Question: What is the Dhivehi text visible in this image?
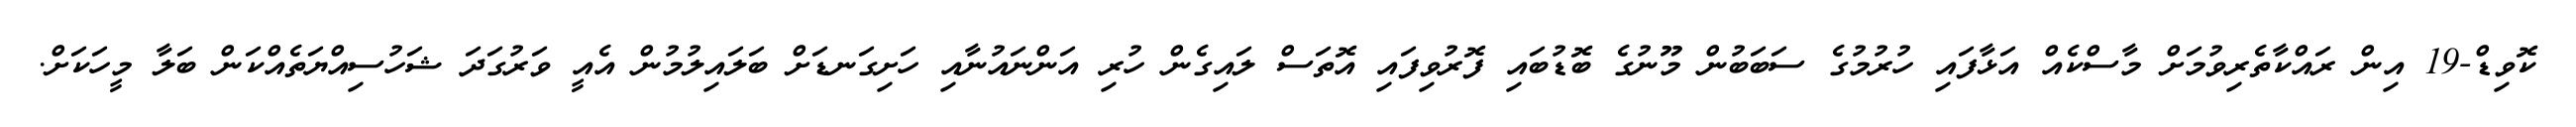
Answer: ކޮވިޑް-19 އިން ރައްކާތެރިވުމަށް މާސްކެއް އަޅާފައި ހުރުމުގެ ސަބަބުން މޫނުގެ ބޮޑުބައި ފޮރުވިފައި އޮތަސް ލައިގެން ހުރި އަންނައުނާއި ހަށިގަނޑަށް ބަލައިލުމުން އެއީ ވަރުގަދަ ޝަހުސިއްޔަތެއްކަން ބަލާ މީހަކަށް.